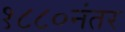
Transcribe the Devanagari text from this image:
१८८०नंतर